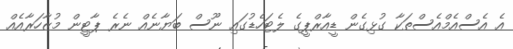
އެ އެސްއެމްއެސްތަކާ ގުޅިގެން ޑީއާރްޕީގެ ލެޓަހެޑުގައި ނޫސް ބަޔާނެއް ނެރެ ޕާޓީން މުޒާހަރާއެއް